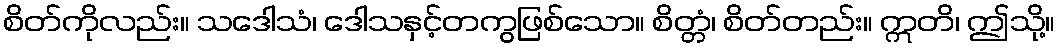
စိတ်ကိုလည်း။ သဒေါသံ၊ ဒေါသနှင့်တကွဖြစ်သော။ စိတ္တံ၊ စိတ်တည်း။ ဣတိ၊ ဤသို့။